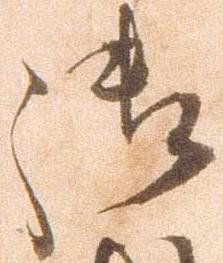
御